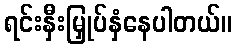
ရင်းနှီးမြှုပ်နှံနေပါတယ်။